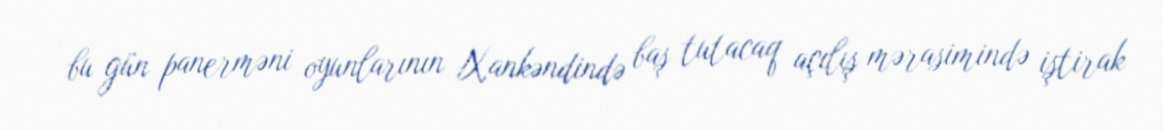
bu gün panerməni oyunlarının Xankəndində baş tutacaq açılış mərasimində iştirak